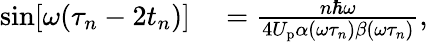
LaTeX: \begin{array}{rl}{\sin[\omega(\tau_{n}-2t_{n})]}&{{}=\frac{n\hbar\omega}{4U_{\mathrm{p}}\alpha(\omega\tau_{n})\beta(\omega\tau_{n})},}\end{array}